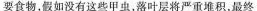
要食物，假如没有这些甲虫，落叶层将严重堆积，最终